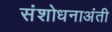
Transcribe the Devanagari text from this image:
संशोधनाअंती